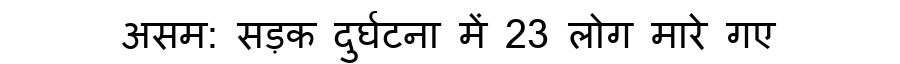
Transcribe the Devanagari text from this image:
असम: सड़क दुर्घटना में 23 लोग मारे गए